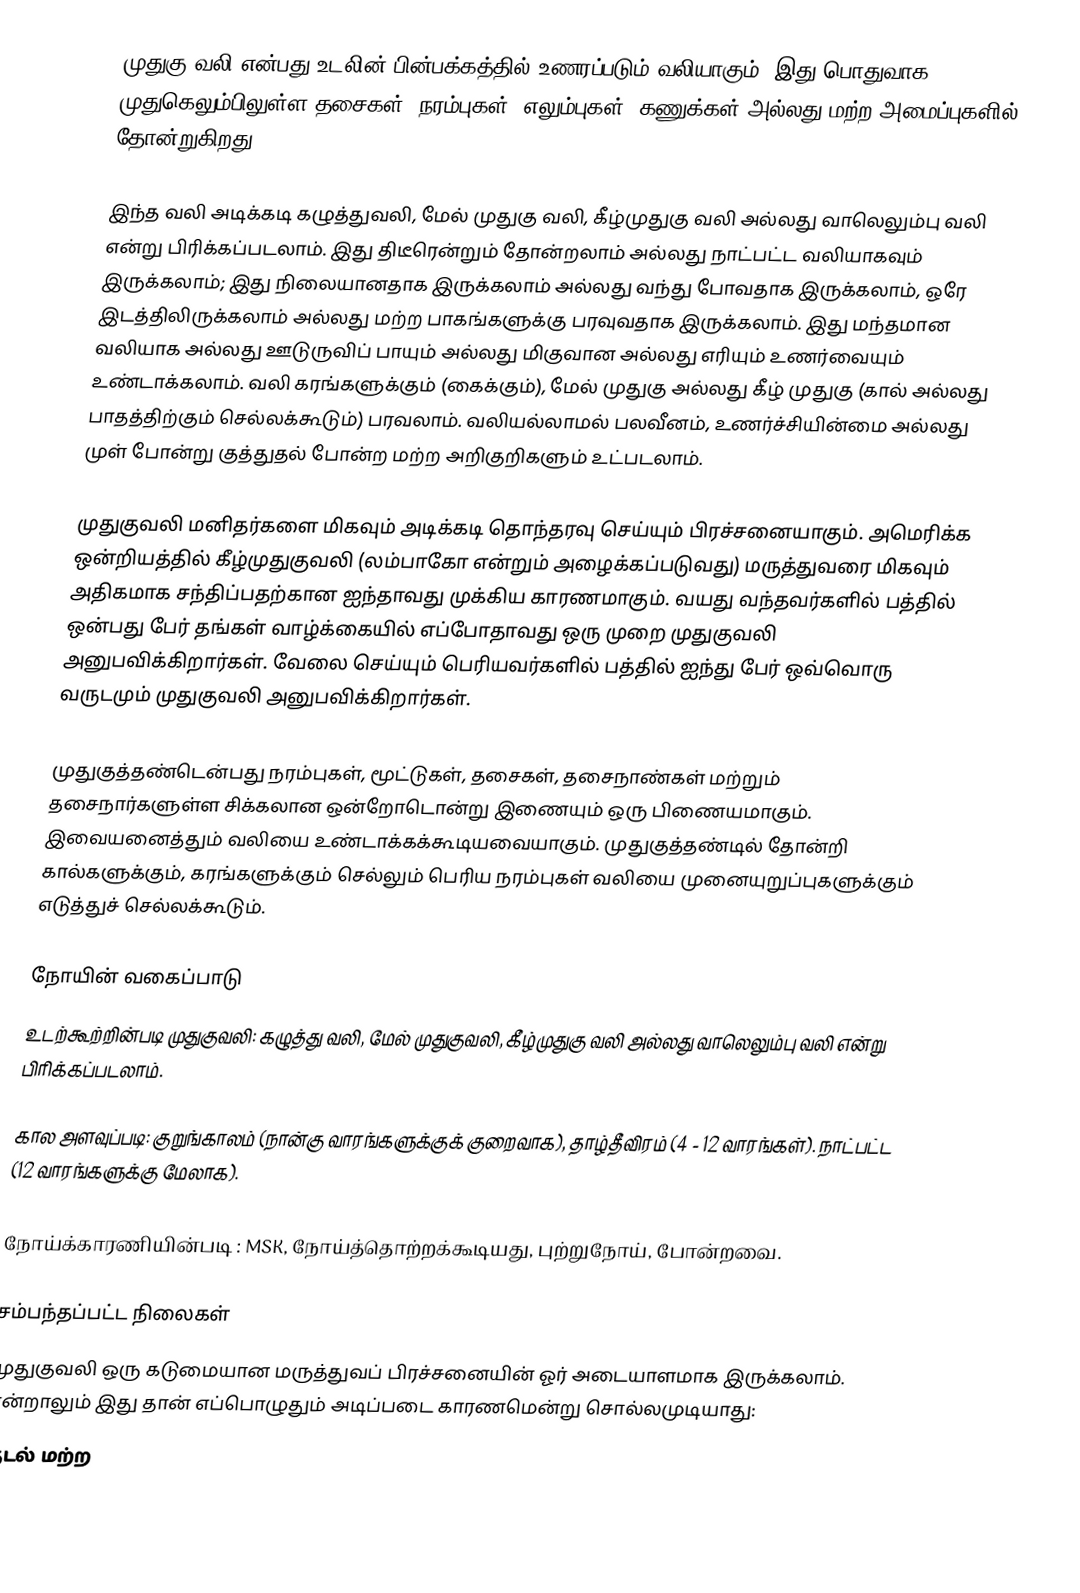
முதுகு வலி என்பது உடலின் பின்பக்கத்தில் உணரப்படும் வலியாகும். இது பொதுவாக முதுகெலும்பிலுள்ள தசைகள், நரம்புகள், எலும்புகள், கணுக்கள் அல்லது மற்ற அமைப்புகளில் தோன்றுகிறது.

இந்த வலி அடிக்கடி கழுத்துவலி, மேல் முதுகு வலி, கீழ்முதுகு வலி அல்லது வாலெலும்பு வலி என்று பிரிக்கப்படலாம். இது திடீரென்றும் தோன்றலாம் அல்லது நாட்பட்ட வலியாகவும் இருக்கலாம்; இது நிலையானதாக இருக்கலாம் அல்லது வந்து போவதாக இருக்கலாம், ஒரே இடத்திலிருக்கலாம் அல்லது மற்ற பாகங்களுக்கு பரவுவதாக இருக்கலாம். இது மந்தமான வலியாக அல்லது ஊடுருவிப் பாயும் அல்லது மிகுவான அல்லது எரியும் உணர்வையும் உண்டாக்கலாம். வலி கரங்களுக்கும் (கைக்கும்), மேல் முதுகு அல்லது கீழ் முதுகு (கால் அல்லது பாதத்திற்கும் செல்லக்கூடும்) பரவலாம். வலியல்லாமல் பலவீனம், உணர்ச்சியின்மை அல்லது முள் போன்று குத்துதல் போன்ற மற்ற அறிகுறிகளும் உட்படலாம்.

முதுகுவலி மனிதர்களை மிகவும் அடிக்கடி தொந்தரவு செய்யும் பிரச்சனையாகும். அமெரிக்க ஒன்றியத்தில் கீழ்முதுகுவலி (லம்பாகோ என்றும் அழைக்கப்படுவது) மருத்துவரை மிகவும் அதிகமாக சந்திப்பதற்கான ஐந்தாவது முக்கிய காரணமாகும். வயது வந்தவர்களில் பத்தில் ஒன்பது பேர் தங்கள் வாழ்க்கையில் எப்போதாவது ஒரு முறை முதுகுவலி அனுபவிக்கிறார்கள். வேலை செய்யும் பெரியவர்களில் பத்தில் ஐந்து பேர் ஒவ்வொரு வருடமும் முதுகுவலி அனுபவிக்கிறார்கள்.

முதுகுத்தண்டென்பது நரம்புகள், மூட்டுகள், தசைகள், தசைநாண்கள் மற்றும் தசைநார்களுள்ள சிக்கலான ஒன்றோடொன்று இணையும் ஒரு பிணையமாகும். இவையனைத்தும் வலியை உண்டாக்கக்கூடியவையாகும். முதுகுத்தண்டில் தோன்றி கால்களுக்கும், கரங்களுக்கும் செல்லும் பெரிய நரம்புகள் வலியை முனையுறுப்புகளுக்கும் எடுத்துச் செல்லக்கூடும்.

நோயின் வகைப்பாடு
உடற்கூற்றின்படி முதுகுவலி: கழுத்து வலி, மேல் முதுகுவலி, கீழ்முதுகு வலி அல்லது வாலெலும்பு வலி என்று பிரிக்கப்படலாம்.

கால அளவுப்படி: குறுங்காலம் (நான்கு வாரங்களுக்குக் குறைவாக), தாழ்தீவிரம் (4 - 12 வாரங்கள்). நாட்பட்ட (12 வாரங்களுக்கு மேலாக).

நோய்க்காரணியின்படி : MSK, நோய்த்தொற்றக்கூடியது, புற்றுநோய், போன்றவை.

சம்பந்தப்பட்ட நிலைகள்
முதுகுவலி ஒரு கடுமையான மருத்துவப் பிரச்சனையின் ஓர் அடையாளமாக இருக்கலாம். என்றாலும் இது தான் எப்பொழுதும் அடிப்படை காரணமென்று சொல்லமுடியாது:
 குடல் மற்ற